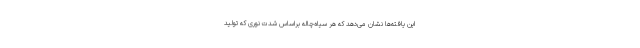
این یافته‌ها نشان می‌دهد که هر سیاه‌چاله براساس شدت نوری که تولید